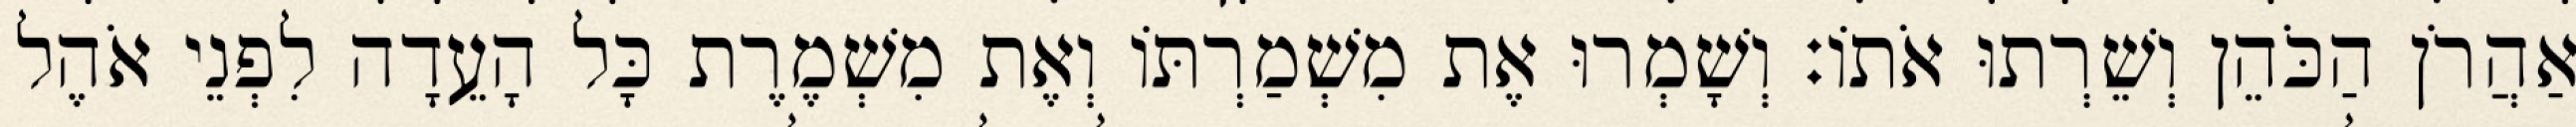
אַהֲרֹן הַכֹּהֵן וְשֵׁרְתוּ אֹתוֹ׃ וְשָׁמְרוּ אֶת מִשְׁמַרְתּוֹ וְאֶת מִשְׁמֶרֶת כָּל הָעֵדָה לִפְנֵי אֹהֶל